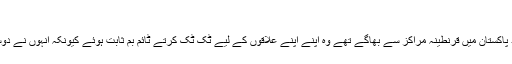
"
خان نے کہا، "جو افراد پاکستان میں قرنطینہ مراکز سے بھاگے تھے وہ اپنے اپنے علاقوں کے لیے ٹک ٹک کرتے ٹائم بم ثابت ہوئے کیونکہ انہوں نے دوسروں کو متاثرہ بنا دیا۔